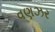
વણઝર